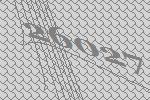
26027